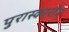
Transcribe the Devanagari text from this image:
पुरास्कारोम